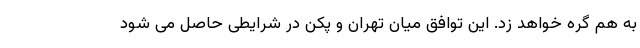
به هم گره خواهد زد. این توافق میان تهران و پکن در شرایطی حاصل می شود